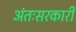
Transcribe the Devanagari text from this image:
अंतःसरकारी